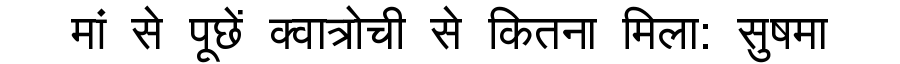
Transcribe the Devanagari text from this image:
मां से पूछें क्वात्रोची से कितना मिला: सुषमा